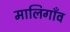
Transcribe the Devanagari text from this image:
मालिगाँव